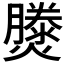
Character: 𤑘